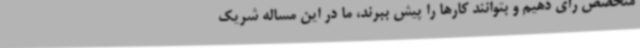
متخصص رأی دهیم و بتوانند کارها را پیش ببرند، ما در این مساله شریک